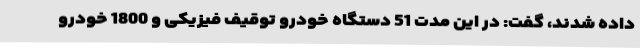
داده شدند، گفت: در این مدت 51 دستگاه خودرو توقیف فیزیکی و 1800 خودرو